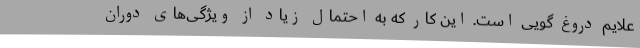
علایم دروغ گویی است. این کار که به احتمال زیاد از ویژگی‌های دوران